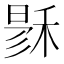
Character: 𥟙